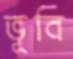
ভূবি